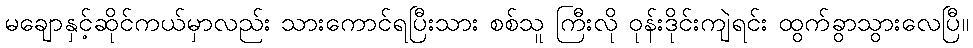
မချောနှင့်ဆိုင်ကယ်မှာလည်း သားကောင်ရပြီးသား စစ်သူ ကြီးလို ဝုန်းဒိုင်းကျဲရင်း ထွက်ခွာသွားလေပြီ။